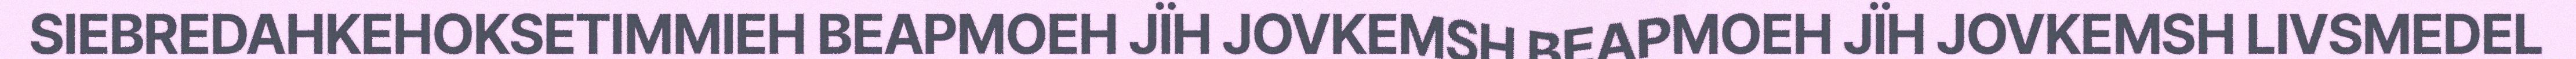
SIEBREDAHKEHOKSETIMMIEH BEAPMOEH JÏH JOVKEMSH BEAPMOEH JÏH JOVKEMSH LIVSMEDEL